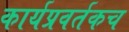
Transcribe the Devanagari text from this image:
कार्यप्रवर्तकच